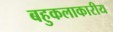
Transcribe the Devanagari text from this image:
बहुकलाकारीय